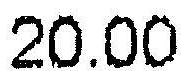
20.00